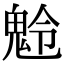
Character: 𩲩